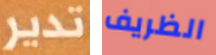
تدير الظريف